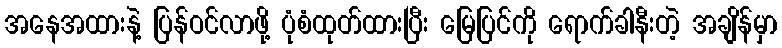
အနေအထားနဲ့ ပြန်ဝင်လာဖို့ ပုံစံထုတ်ထားပြီး မြေပြင်ကို ရောက်ခါနီးတဲ့ အချိန်မှာ